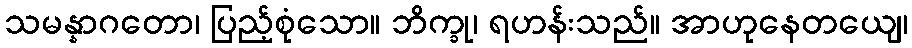
သမန္နာဂတော၊ ပြည့်စုံသော။ ဘိက္ခု၊ ရဟန်းသည်။ အာဟုနေတယျေ၊